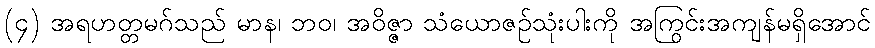
(၄) အရဟတ္တမဂ်သည် မာန၊ ဘဝ၊ အဝိဇ္ဇာ သံယောဇဉ်သုံးပါးကို အကြွင်းအကျန်မရှိအောင်